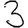
Digit: 3